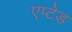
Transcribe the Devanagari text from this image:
एप्टेड